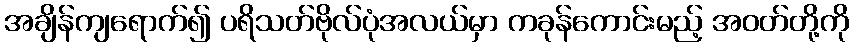
အချိန်ကျရောက်၍ ပရိသတ်ဗိုလ်ပုံအလယ်မှာ ကခုန်ကောင်းမည့် အဝတ်တို့ကို